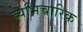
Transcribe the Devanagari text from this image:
व्यभिचारिक